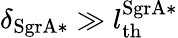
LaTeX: \delta_{\mathrm{SgrA*}}\gg l_{\mathrm{th}}^{\mathrm{SgrA*}}